342_HS1-416511228_319.1 Flying Discs 1949
Agency: Department of War
Incident date: 1/9/50
Page 19
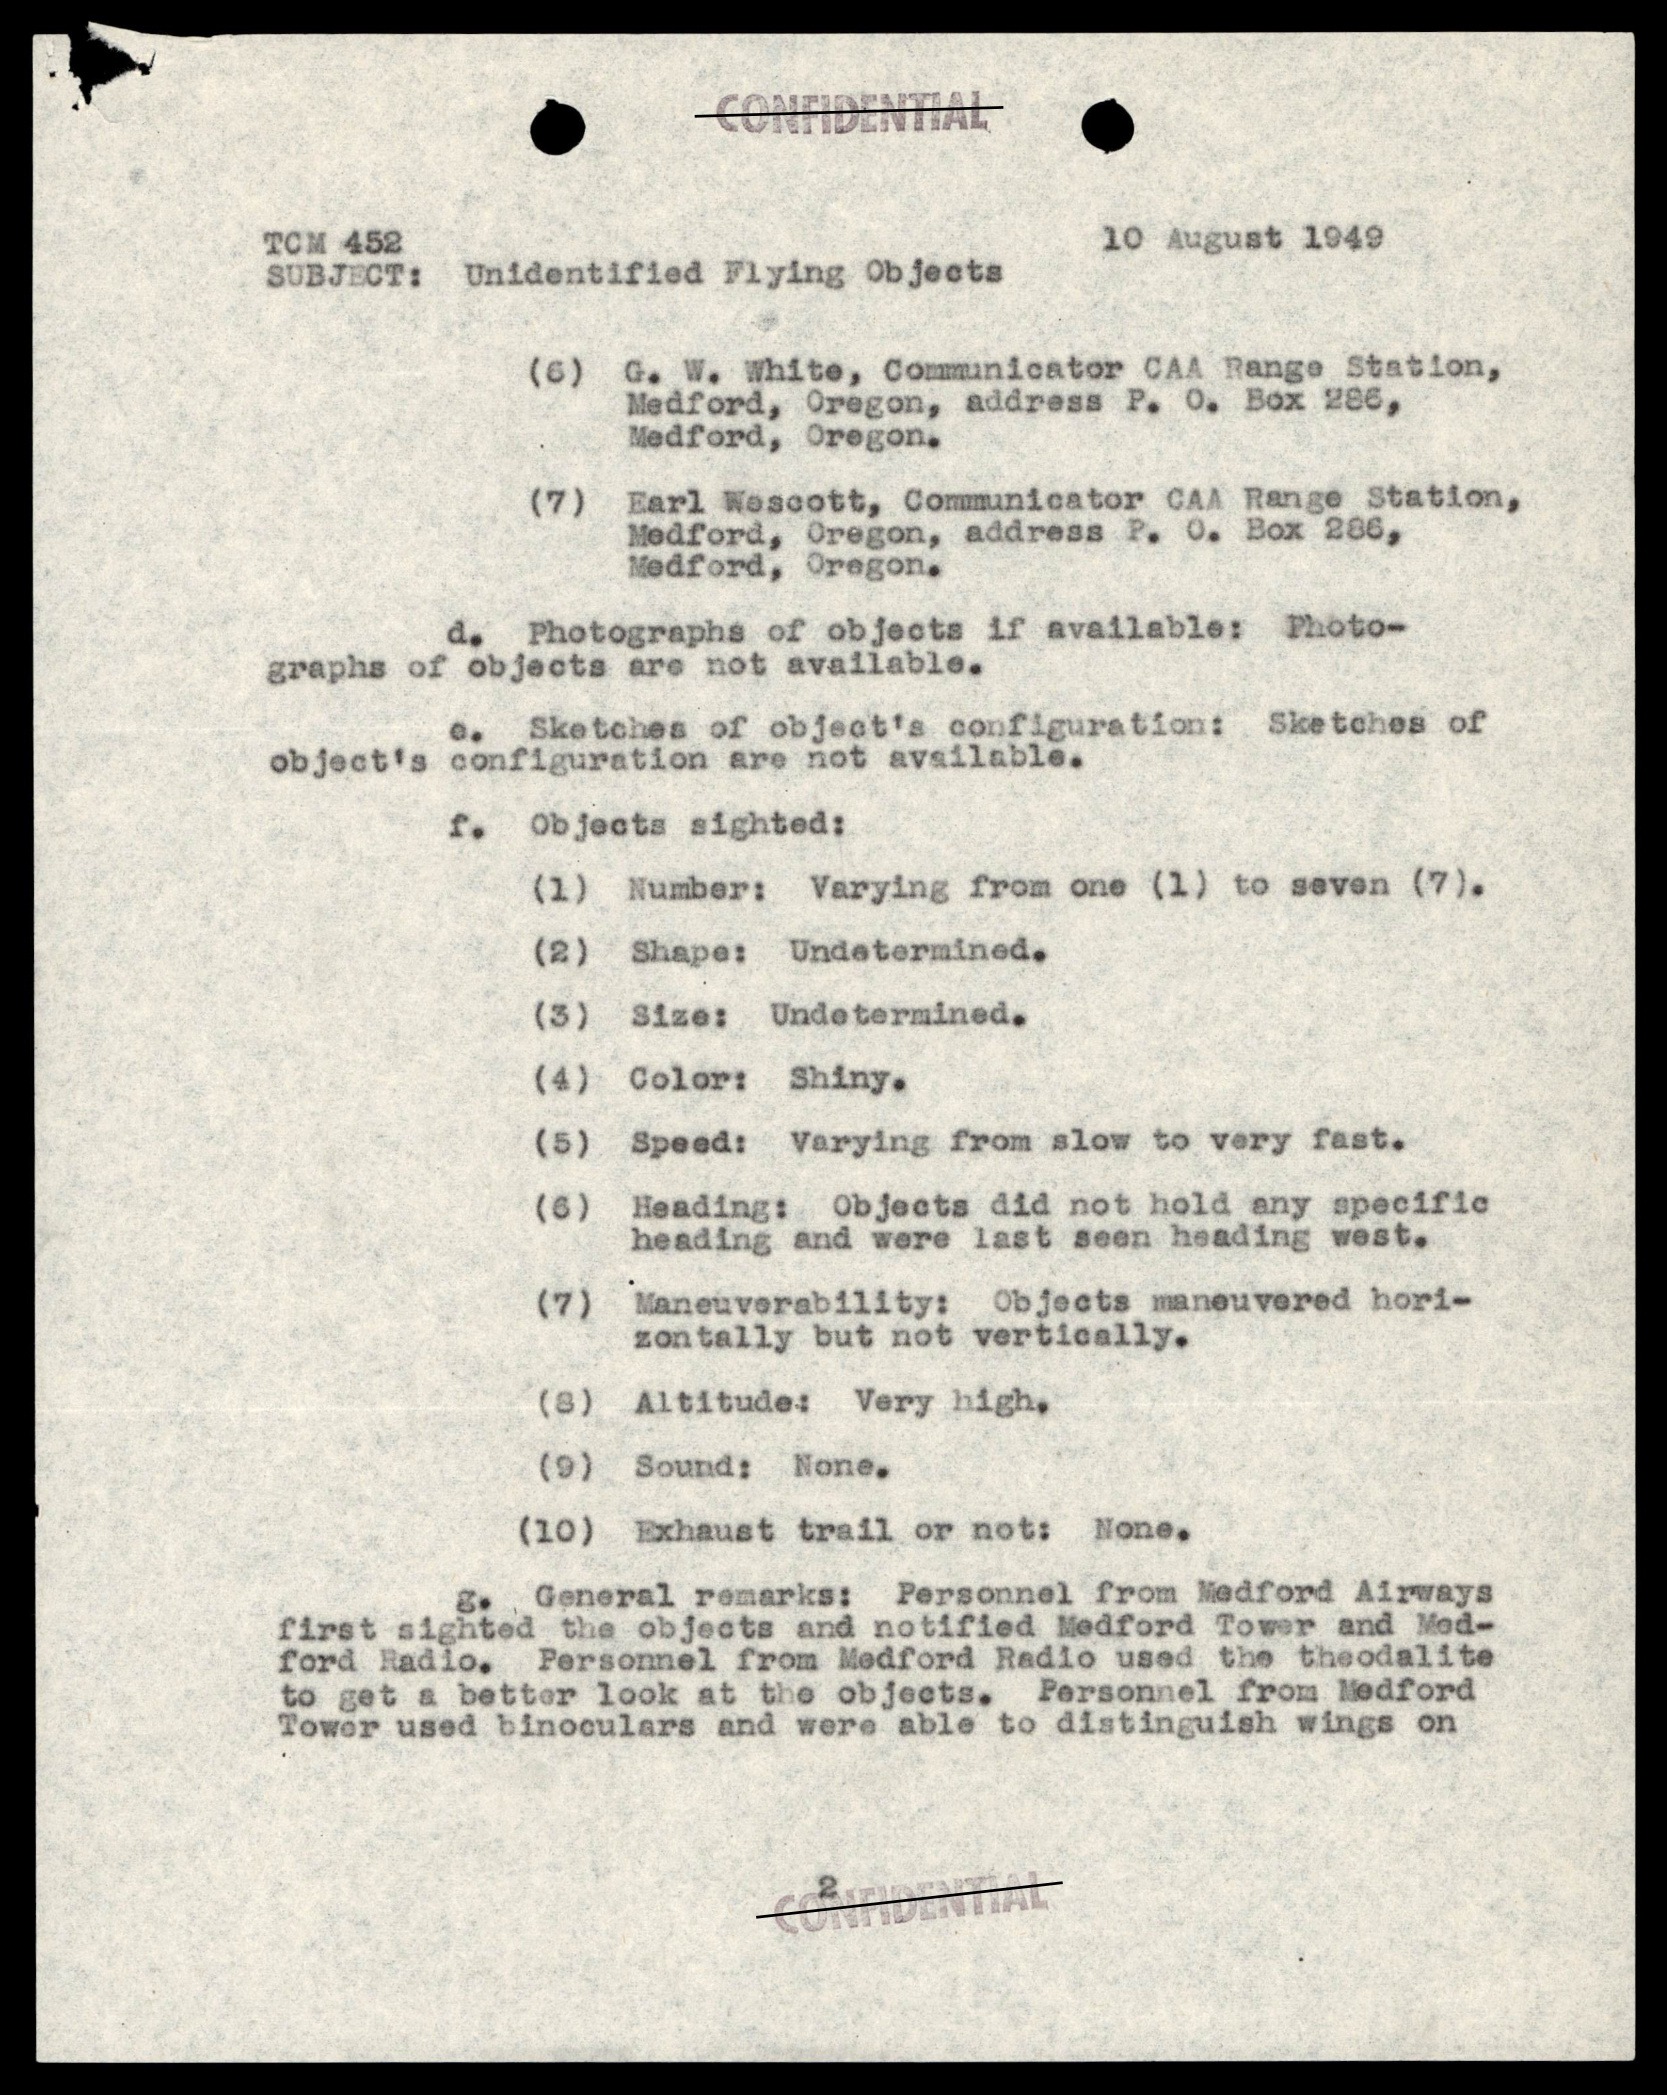